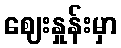
ဈေးနှုန်းမှာ